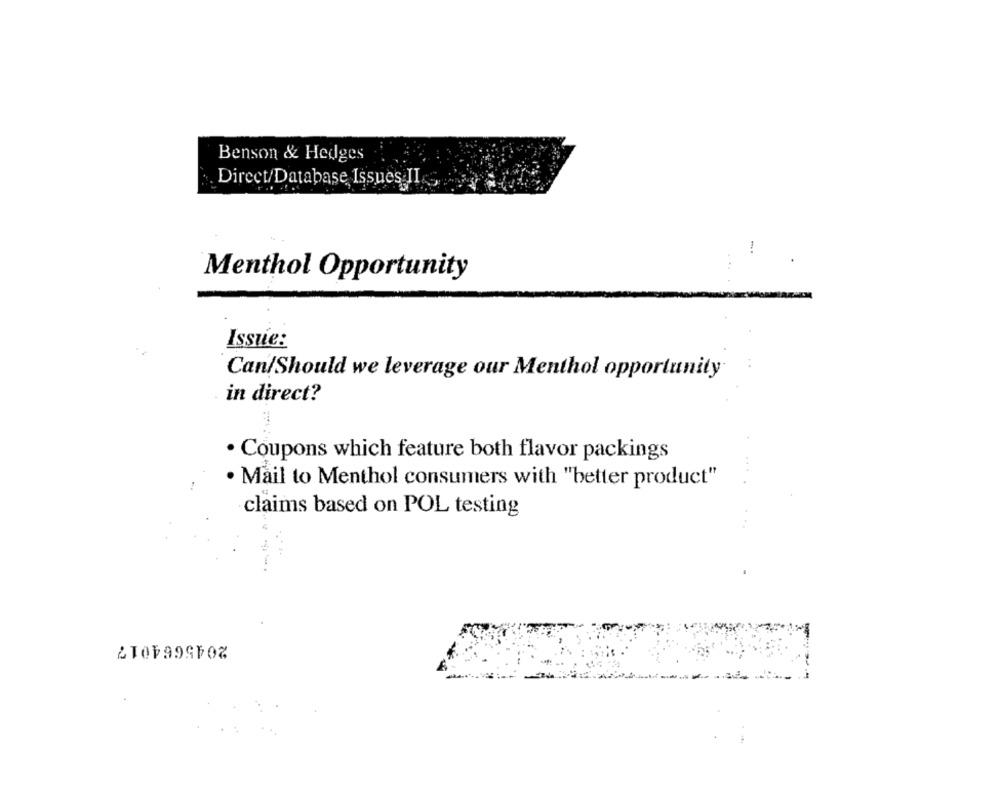
Benson & Hedges
Direct/Database Issues II
Menthol Opportunity
Issue:
Can/Should we leverage our Menthol opportunity
in direct?
· Coupons which feature both flavor packings
..
·Mail to Menthol consumers with "better product"
claims based on POL testing
2045664017